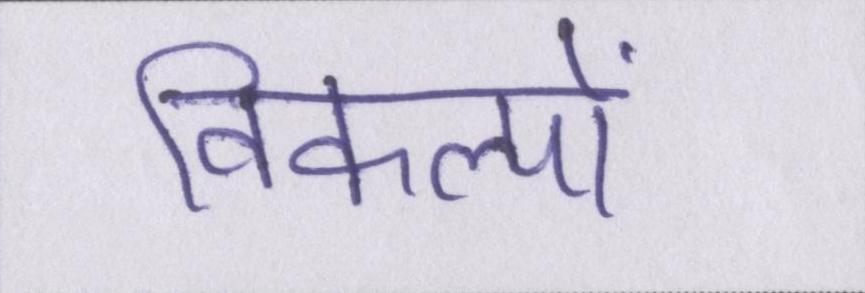
विकल्पों